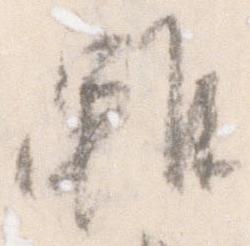
雖